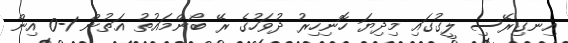
އިނގިރޭސި ލީގުގައި މިދިޔަ ހޮނިހިރު ދުވަހުގެ ރޭ ބޯންމައުތު އަތުން 1-0 އިން